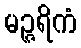
မဉ္ဇရိကံ